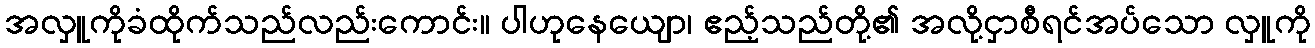
အလှူကိုခံထိုက်သည်လည်းကောင်း။ ပါဟုနေယျော၊ ဧည့်သည်တို့၏ အလို့ငှာစီရင်အပ်သော လှူကို